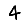
Digit: 4